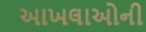
આખલાઓની